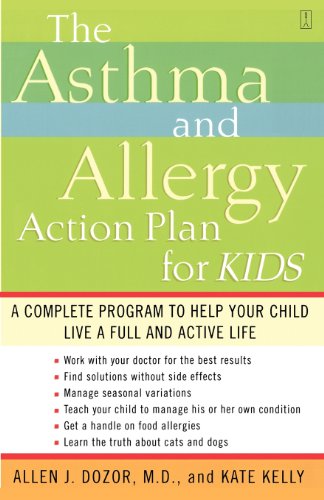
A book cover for The Asthma and Allergy Action Plan for Kids: A Complete Program to Help Your Child Live a Full and Active Life; Dr. Allen Dozor; Health, Fitness & Dieting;